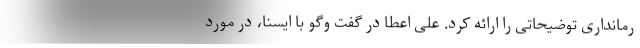
رمانداری توضیحاتی را ارائه کرد. علی اعطا در گفت وگو با ایسنا، در مورد